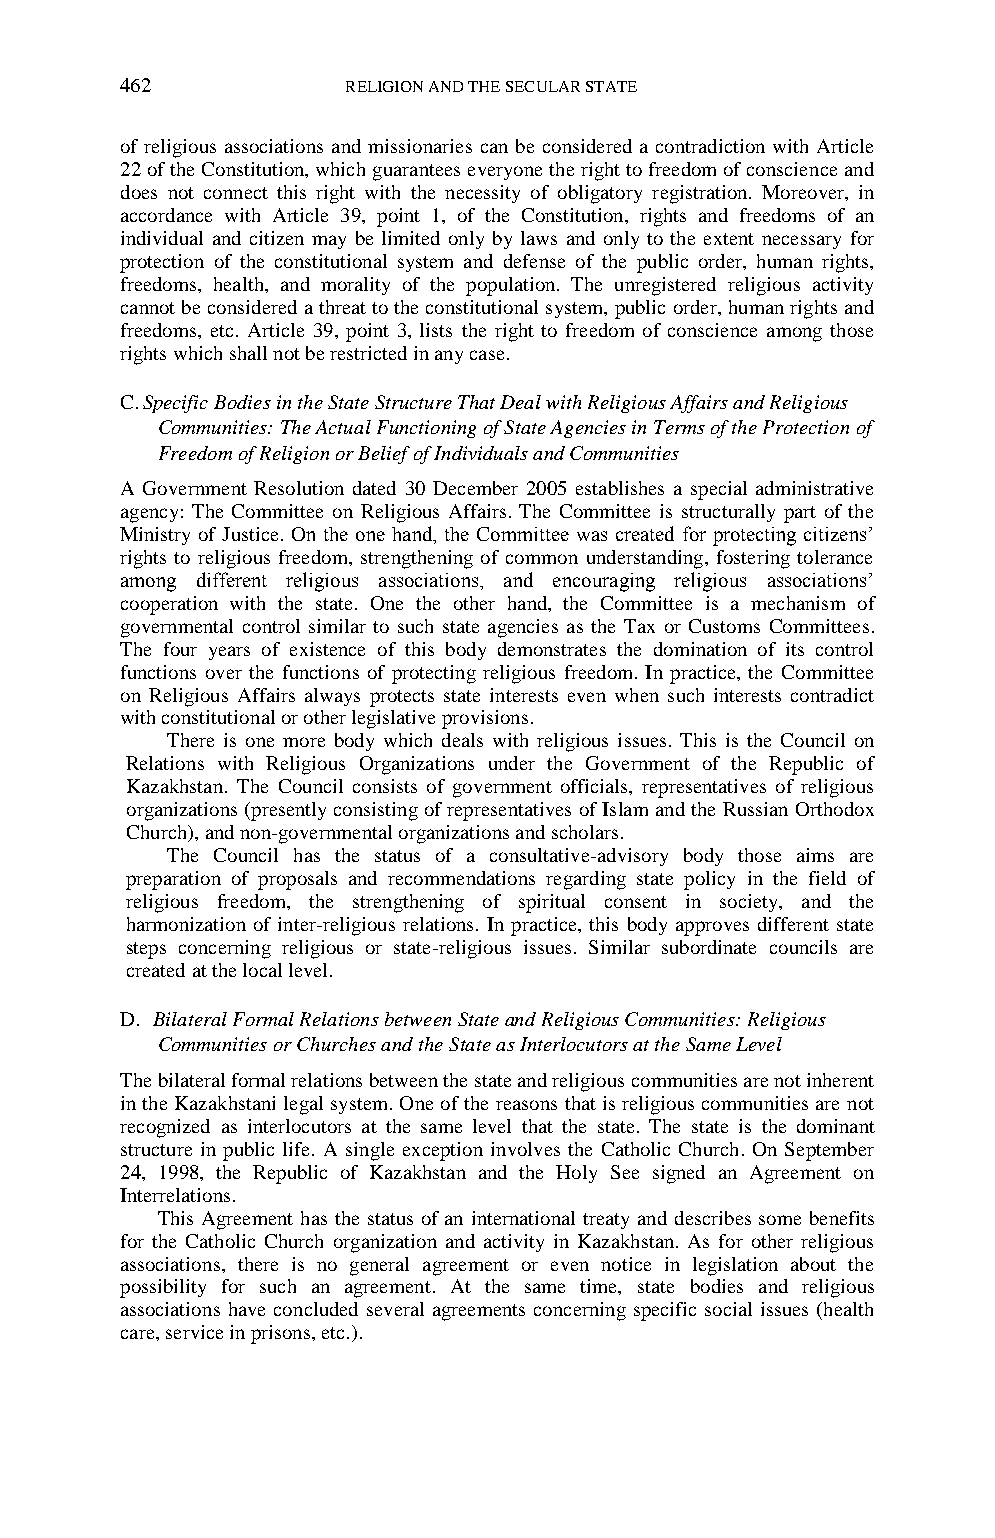
462            RELIGION AND THE SECULAR STATE
 of religious associations and missionaries can be considered a contradiction with Article
 22 of the Constitution, which guarantees everyone the right to freedom of conscience and
 does not connect this right with the necessity of obligatory registration. Moreover, in
 accordance with Article 39, point 1, of the Constitution, rights and freedoms of an
 individual and citizen may be limited only by laws and only to the extent necessary for
 protection of the constitutional system and defense of the public order, human rights,
 freedoms, health, and morality of the population. The unregistered religious activity
 cannot be considered a threat to the constitutional system, public order, human rights and
 freedoms, etc. Article 39, point 3, lists the right to freedom of conscience among those
 rights which shall not be restricted in any case.
 C. Specific Bodies in the State Structure That Deal with Religious Affairs and Religious
 Communities: The Actual Functioning of State Agencies in Terms of the Protection of
 Freedom of Religion or Belief of Individuals and Communities
 A Government Resolution dated 30 December 2005 establishes a special administrative
 agency: The Committee on Religious Affairs. The Committee is structurally part of the
 Ministry of Justice. On the one hand, the Committee was created for protecting citizens‟
 rights to religious freedom, strengthening of common understanding, fostering tolerance
 among different religious associations, and encouraging religious associations‟
 cooperation with the state. One the other hand, the Committee is a mechanism of
 governmental control similar to such state agencies as the Tax or Customs Committees.
 The four years of existence of this body demonstrates the domination of its control
 functions over the functions of protecting religious freedom. In practice, the Committee
 on Religious Affairs always protects state interests even when such interests contradict
 with constitutional or other legislative provisions.
 There is one more body which deals with religious issues. This is the Council on
 Relations with Religious Organizations under the Government of the Republic of
 Kazakhstan. The Council consists of government officials, representatives of religious
 organizations (presently consisting of representatives of Islam and the Russian Orthodox
 Church), and non-governmental organizations and scholars.
 The Council has the status of a consultative-advisory body those aims are
 preparation of proposals and recommendations regarding state policy in the field of
 religious freedom, the strengthening of spiritual consent in society, and the
 harmonization of inter-religious relations. In practice, this body approves different state
 steps concerning religious or state-religious issues. Similar subordinate councils are
 created at the local level.
 D. Bilateral Formal Relations between State and Religious Communities: Religious
 Communities or Churches and the State as Interlocutors at the Same Level
 The bilateral formal relations between the state and religious communities are not inherent
 in the Kazakhstani legal system. One of the reasons that is religious communities are not
 recognized as interlocutors at the same level that the state. The state is the dominant
 structure in public life. A single exception involves the Catholic Church. On September
 24, 1998, the Republic of Kazakhstan and the Holy See signed an Agreement on
 Interrelations.
 This Agreement has the status of an international treaty and describes some benefits
 for the Catholic Church organization and activity in Kazakhstan. As for other religious
 associations, there is no general agreement or even notice in legislation about the
 possibility for such an agreement. At the same time, state bodies and religious
 associations have concluded several agreements concerning specific social issues (health
 care, service in prisons, etc.).